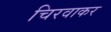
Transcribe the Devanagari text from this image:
चिरवाकर